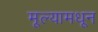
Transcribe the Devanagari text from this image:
मूल्यामधून